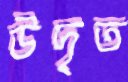
উদৃত